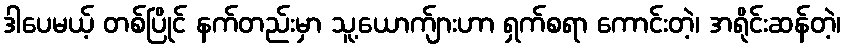
ဒါပေမယ့် တစ်ပြိုင် နက်တည်းမှာ သူ့ယောက်ျားဟာ ရှက်စရာ ကောင်းတဲ့၊ အရိုင်းဆန်တဲ့၊